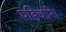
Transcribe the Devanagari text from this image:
पहिचानि।